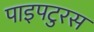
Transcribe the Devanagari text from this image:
पाइपटुरस